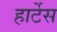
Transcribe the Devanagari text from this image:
हार्टेस